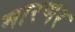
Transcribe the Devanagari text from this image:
मारणर